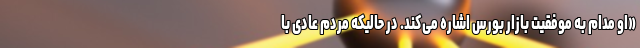
«او مدام به موفقیت بازار بورس اشاره می‌کند. در حالیکه مردم عادی با